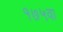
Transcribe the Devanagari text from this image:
१७५वा